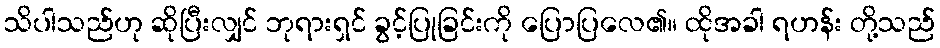
သိပါသည်ဟု ဆိုပြီးလျှင် ဘုရားရှင် ခွင့်ပြုခြင်းကို ပြောပြလေ၏။ ထိုအခါ ရဟန်း တို့သည်